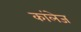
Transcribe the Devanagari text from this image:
कांलेज